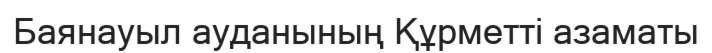
Баянауыл ауданының Құрметті азаматы